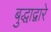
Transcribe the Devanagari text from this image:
बुद्धाद्वारे